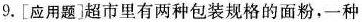
9.[应用题]超市里有两种包装规格的面粉，一种